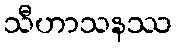
သီဟာသနဿ